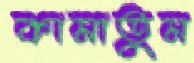
কামাতুম